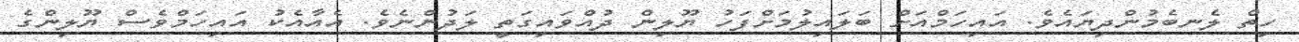
ހިތް ލެނބެމުންދިޔައެވެ. އައިހަމްއަށް ބަލައިލުމަށްފަހު ޔޫލިން ދުއްވައިގަތީ ލަދުންނެވެ. އެއާއެކު އައިހަމްވެސް ޔޫލިންގެ